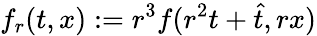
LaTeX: f_{r}(t,x):=r^{3}f(r^{2}t+\hat{t},rx)